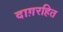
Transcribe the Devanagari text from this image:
दाग़रहित